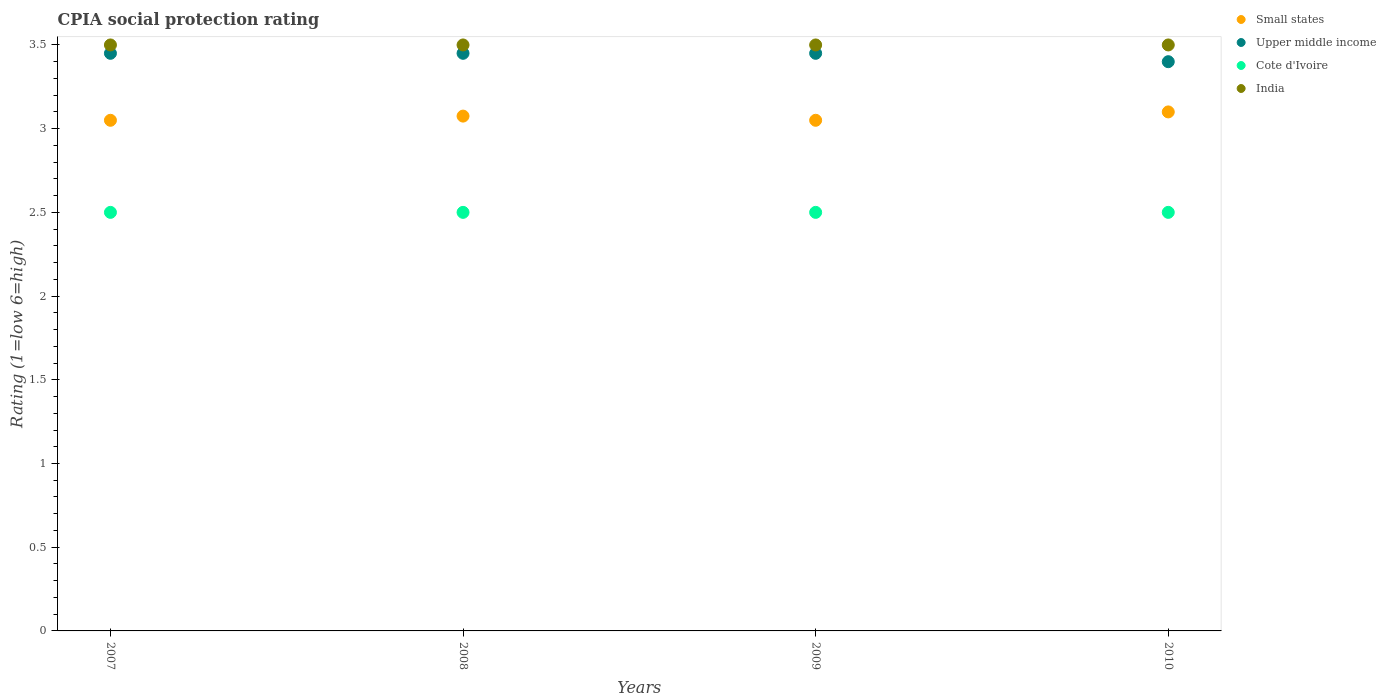
| Years | Small states | Upper middle income | Cote d'Ivoire | India |
 | --- | --- | --- | --- | --- |
 | 2007 | 3.05 | 3.45 | 2.5 | 3.5 |
 | 2008 | 3.08 | 3.45 | 2.5 | 3.5 |
 | 2009 | 3.05 | 3.45 | 2.5 | 3.5 |
 | 2010 | 3.1 | 3.4 | 2.5 | 3.5 |